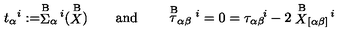
t _ { \alpha } { } ^ { i } : = \stackrel { \mathrm { B } } { \Sigma } _ { \alpha } { } ^ { \! i } ( \stackrel { \mathrm { B } } { X } ) \qquad \mathrm { a n d } \qquad \stackrel { \mathrm { B } } { \tau } _ { \alpha \beta } { } ^ { i } = 0 = { \tau } _ { \alpha \beta } { } ^ { \! i } - 2 \stackrel { \mathrm { B } } { X } _ { [ \alpha \beta ] } { } ^ { \! i }